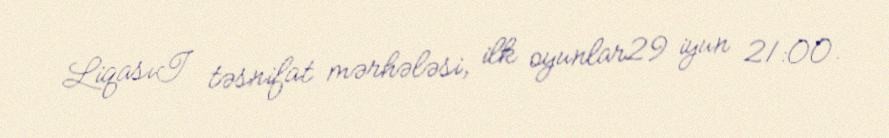
LiqasıI təsnifat mərhələsi, ilk oyunlar29 iyun 21:00.